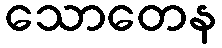
သောတေန